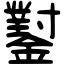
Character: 𨮝